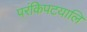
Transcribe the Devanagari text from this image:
परंकिपटयालि